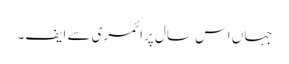
جہاں اس سال پرائمری سے ایف۔